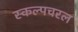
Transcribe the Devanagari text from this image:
स्‍कल्‍पचरल